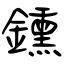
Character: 鑂